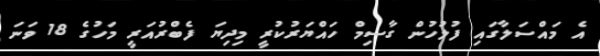
އެ މައްސަލާގައި ފުލުހުން ގާސިމް ހައްޔަރުކުރީ މިދިޔަ ފެބްރުއަރީ މަހުގެ 18 ވަނަ